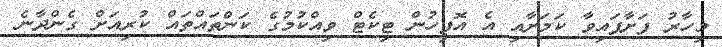
މިހާރު ފަށާފައިވާ ކަމަށާއި އެ އޮފީހުން ޓިކެޓް ވިއްކުމުގެ ކަންތައްތައް ކުރިއަށް ގެންދާނެ